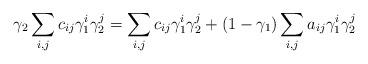
LaTeX: \begin{align*}\gamma_2\sum_{i,j}c_{ij}\gamma_1^i\gamma_2^j=\sum_{i,j}c_{ij}\gamma_1^i\gamma_2^j + (1-\gamma_1)\sum_{i,j}a_{ij}\gamma_1^i\gamma_2^j\end{align*}